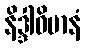
နိဒ္ဒါဝိမာနံ